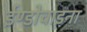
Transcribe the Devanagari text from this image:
ईण्डोचाइना